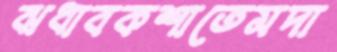
ঝধাবকশাতেমদা